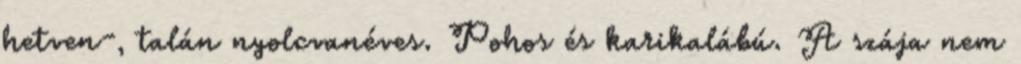
hetven-, talán nyolcvanéves. Pohos és karikalábú. A szája nem